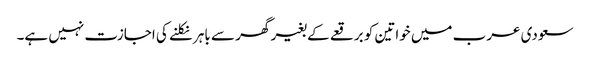
سعودی عرب میں خواتین کو برقعے کے بغیر گھر سے باہر نکلنے کی اجازت نہیں ہے۔